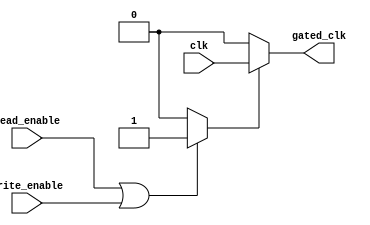
module clock_gating_control (
    input wire clk,              // Main clock input
    input wire read_enable,      // Read operation control signal
    input wire write_enable,     // Write operation control signal
    output wire gated_clk        // Gated clock output
);

    reg enable;                  // Enable signal for clock gating

    // Clock gating control logic
    always @(*) begin
        if (read_enable || write_enable) begin
            enable = 1'b1;       // Enable clock during read/write operations
        end else begin
            enable = 1'b0;       // Disable clock when idle
        end
    end

    // Clock gating cell
    assign gated_clk = enable ? clk : 1'b0; // Output gated clock

endmodule